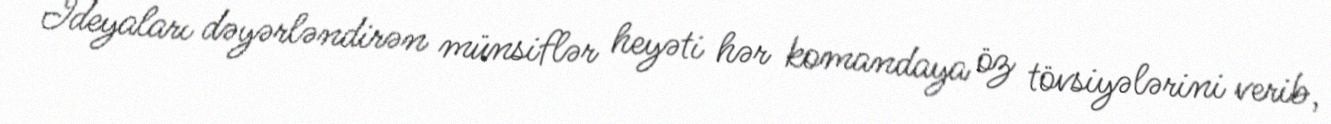
İdeyaları dəyərləndirən münsiflər heyəti hər komandaya öz tövsiyələrini verib,